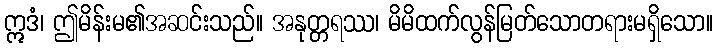
ဣဒံ၊ ဤမိန်းမ၏အဆင်းသည်။ အနုတ္တရဿ၊ မိမိထက်လွန်မြတ်သောတရားမရှိသော။